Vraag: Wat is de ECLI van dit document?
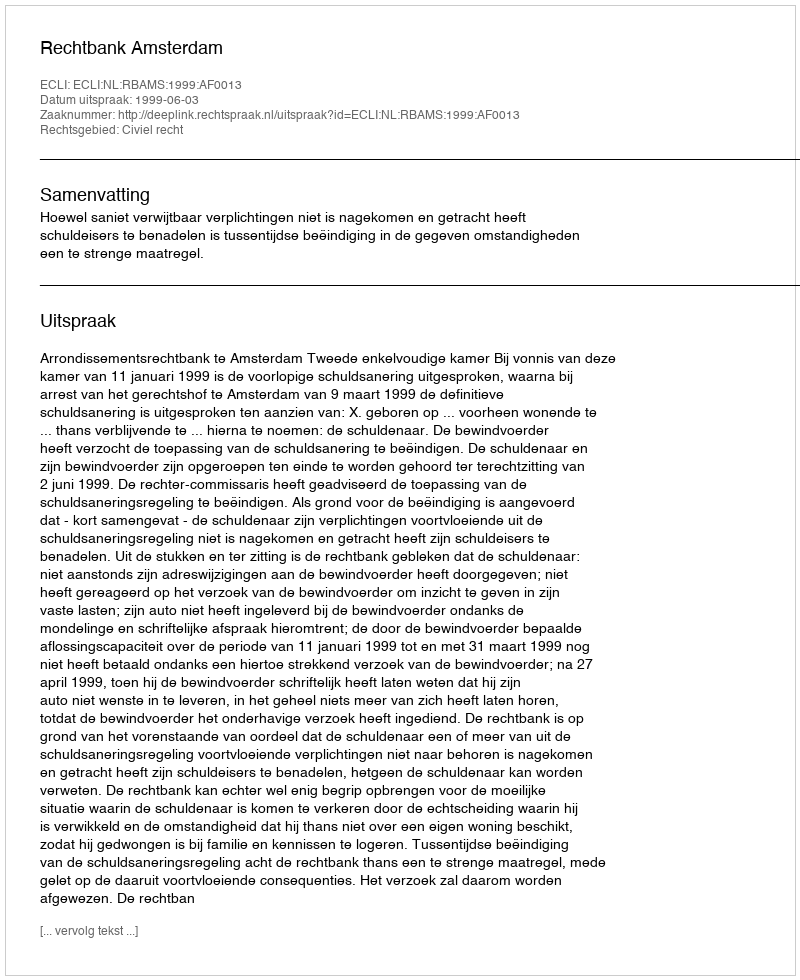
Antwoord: ECLI:NL:RBAMS:1999:AF0013